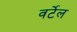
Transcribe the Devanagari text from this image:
वर्टेल